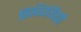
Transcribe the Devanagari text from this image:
फिजियोथैरपी